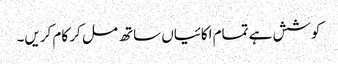
کوشش ہے تمام اکائیاں ساتھ مل کر کام کریں۔